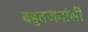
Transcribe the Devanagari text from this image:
बहुतजनांसी